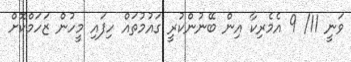
ވަނީ 11/ 9 އެމެރިކާ އިން ބޭނުންކުރީ ގައުމުތައް ހިފައި މީހުން ޒަހަމްކޮށް